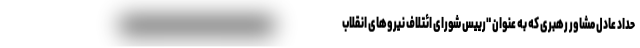
حداد عادل مشاور رهبری که به عنوان "رییس شورای ائتلاف نیروهای انقلاب